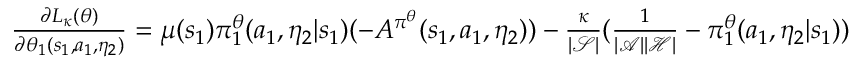
\begin{array} { r } { \frac { \partial L _ { \kappa } ( \theta ) } { \partial \theta _ { 1 } ( s _ { 1 } , a _ { 1 } , \eta _ { 2 } ) } = \mu ( s _ { 1 } ) \pi _ { 1 } ^ { \theta } ( a _ { 1 } , \eta _ { 2 } | s _ { 1 } ) ( - A ^ { \pi ^ { \theta } } ( s _ { 1 } , a _ { 1 } , \eta _ { 2 } ) ) - \frac { \kappa } { | \mathcal { S } | } ( \frac { 1 } { | \mathcal { A } | | \mathcal { H } | } - \pi _ { 1 } ^ { \theta } ( a _ { 1 } , \eta _ { 2 } | s _ { 1 } ) ) } \end{array}